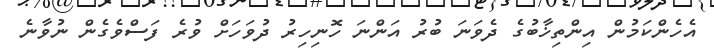
އެހެންކަމުން އިންތިޚާބުގެ ދެވަނަ ބުރު އަންނަ ހޮނިހިރު ދުވަހަށް ވުރެ ފަސްވެގެން ނުވާނެ